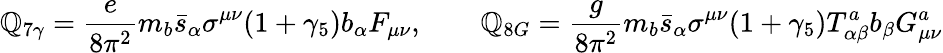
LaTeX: \mathbb{Q}_{7\gamma}=\frac{{e}}{{8\pi^{2}}}m_{b}\bar{{s}}_{\alpha}\sigma^{\mu\nu}(1+\gamma_{5})b_{\alpha}F_{\mu\nu},\qquad\mathbb{Q}_{8G}=\frac{{g}}{{8\pi^{2}}}m_{b}\bar{{s}}_{\alpha}\sigma^{\mu\nu}(1+\gamma_{5})T_{\alpha\beta}^{a}b_{\beta}G_{\mu\nu}^{a}